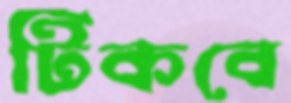
টিকবে